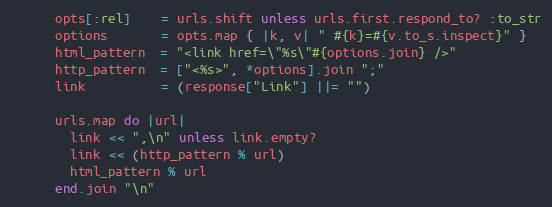
Language: Ruby
      opts[:rel]    = urls.shift unless urls.first.respond_to? :to_str
      options       = opts.map { |k, v| " #{k}=#{v.to_s.inspect}" }
      html_pattern  = "<link href=\"%s\"#{options.join} />"
      http_pattern  = ["<%s>", *options].join ";"
      link          = (response["Link"] ||= "")

      urls.map do |url|
        link << ",\n" unless link.empty?
        link << (http_pattern % url)
        html_pattern % url
      end.join "\n"